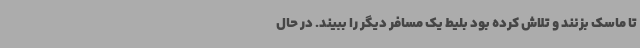
تا ماسک بزنند و تلاش کرده بود بلیط یک مسافر دیگر را ببیند. در حال